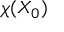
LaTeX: \chi ( X _ { 0 } )